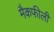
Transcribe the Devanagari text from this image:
मैकफीली